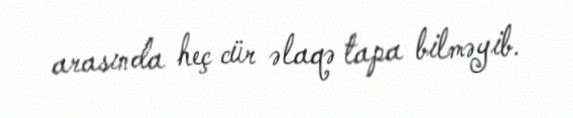
arasında heç cür əlaqə tapa bilməyib.